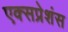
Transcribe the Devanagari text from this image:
एक्सप्रेशंस